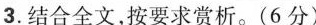
3.结合全文，按要求赏析。(6分)